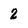
Character: 2